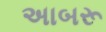
અાબરૂ